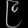
Digit: ၉